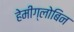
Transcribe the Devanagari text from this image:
हेमीग्लोबिन